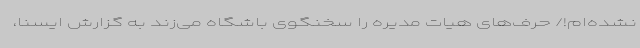
نشده‌ام!/ حرف‌های هیات مدیره را سخنگوی باشگاه می‌زند به گزارش ایسنا،